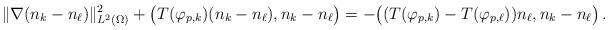
LaTeX: \begin{align*} & \Vert\nabla(n_k-n_\ell)\Vert_{L^2(\Omega)}^2+\big(T(\varphi_{p,k})(n_k-n_\ell),n_k-n_\ell\big) =-\big((T(\varphi_{p,k})-T(\varphi_{p,\ell}))n_\ell,n_k-n_\ell\big)\,.\end{align*}